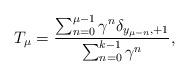
LaTeX: \begin{align*}T_\mu = \frac{\sum_{n = 0}^{\mu - 1}\gamma^{n}\delta_{y_{\mu -n}, +1}}{\sum_{n = 0}^{k - 1}\gamma^{n}}, \end{align*}